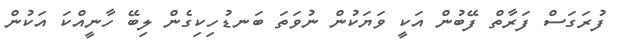
ފުރަގަސް ފަރާތް ފޭބުން އަކީ ވަޔަކުން ނުވަތަ ބަނޑުހިކިގެން ލިބޭ ހާނީއްކަ އަކުން